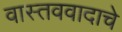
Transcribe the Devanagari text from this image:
वास्तववादाचे